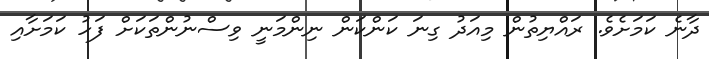
ދާނެ ކަމަށެވެ. ރައްޔިތުން މިއަދު ގިނަ ކަންކަން ނިންމަނީ ވިސްނުންތަކަށް ފަހު ކަމަށާއި